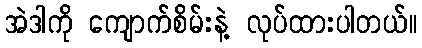
အဲဒါကို ကျောက်စိမ်းနဲ့ လုပ်ထားပါတယ်။